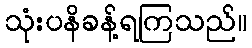
သုံးပနိခန့်ရကြသည်။